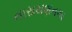
નારાયણનગર